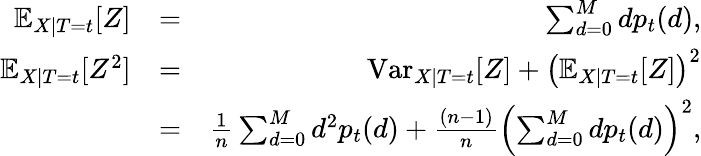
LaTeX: \begin{array}{rlr}{\mathbb{E}_{X|T=t}[Z]}&{=}&{\sum_{d=0}^{M}dp_{t}(d),}\\ {\mathbb{E}_{X|T=t}[Z^{2}]}&{=}&{\textrm{Var}_{X|T=t}[Z]+\left(\mathbb{E}_{X|T=t}[Z]\right)^{2}}\\ &{=}&{\frac{1}{n}\sum_{d=0}^{M}d^{2}p_{t}(d)+\frac{(n-1)}{n}\left(\sum_{d=0}^{M}dp_{t}(d)\right)^{2},}\end{array}